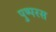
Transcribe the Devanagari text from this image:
पुष्परस